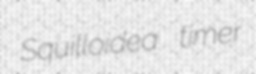
Squilloidea timer